Report of an investigation of the epidemic of malarial fever in Assam, or, kala-azar
Disease focus: Malaria
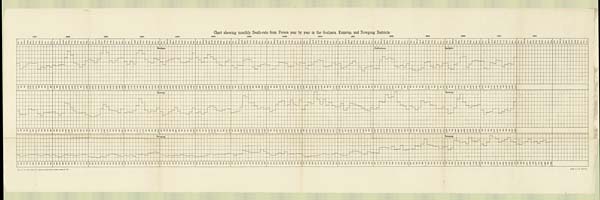
Chart spewing monthly Death-rate from Fevers year by year in the Goalpara, Kumrup, and Nowgong Districts.
Li t ho. . S. I. O. , Cal cut t a.
Reg. No. 159, Surg. Capt . & L. Rogers on speci al dul y. Assam. —Aug. 97. —600.